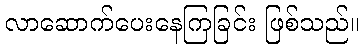
လာဆောက်ပေးနေကြခြင်း ဖြစ်သည်။